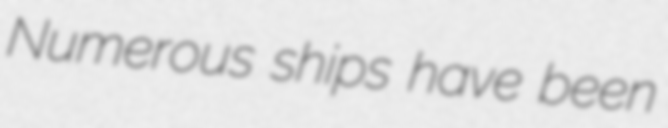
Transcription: Numerous ships have been